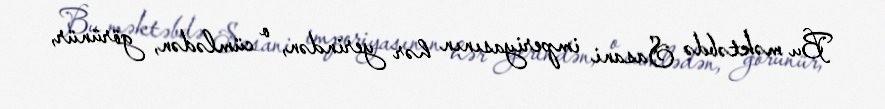
Bu məktəbdə Sasani imperiyasının hər yerindən, o cümlədən, görünür,